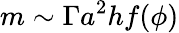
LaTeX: m\sim\Gamma a^{2}hf(\phi)